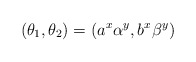
\begin{align*} (\theta_1,\theta_2)=(a^x\alpha^y,b^x\beta^y) \end{align*}